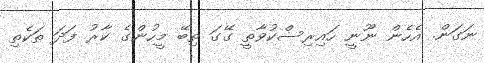
ނަގަން. އެހެން ނޫނީ ހައިރިސްކުވާތީ ގޭގަ ތިބޭ މީހުންގެ ކާރު ފަދަ ތަކެތި